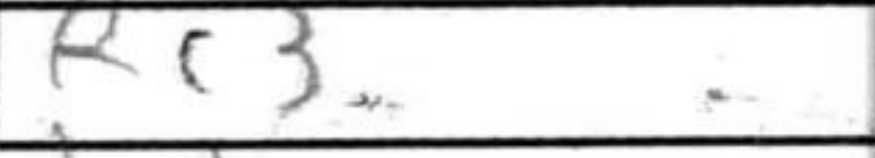
Transcription: Rc3